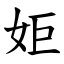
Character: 姖